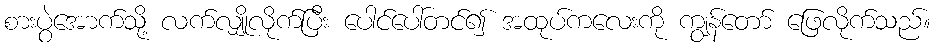
စားပွဲအောက်သို့ လက်လျှိုလိုက်ပြီး ပေါင်ပေါ်တင်၍ အထုပ်ကလေးကို ကျွန်တော် ဖြေလိုက်သည်။